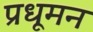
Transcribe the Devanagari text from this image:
प्रधूमन